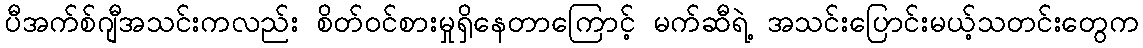
ပီအက်စ်ဂျီအသင်းကလည်း စိတ်ဝင်စားမှုရှိနေတာကြောင့် မက်ဆီရဲ့ အသင်းပြောင်းမယ့်သတင်းတွေက